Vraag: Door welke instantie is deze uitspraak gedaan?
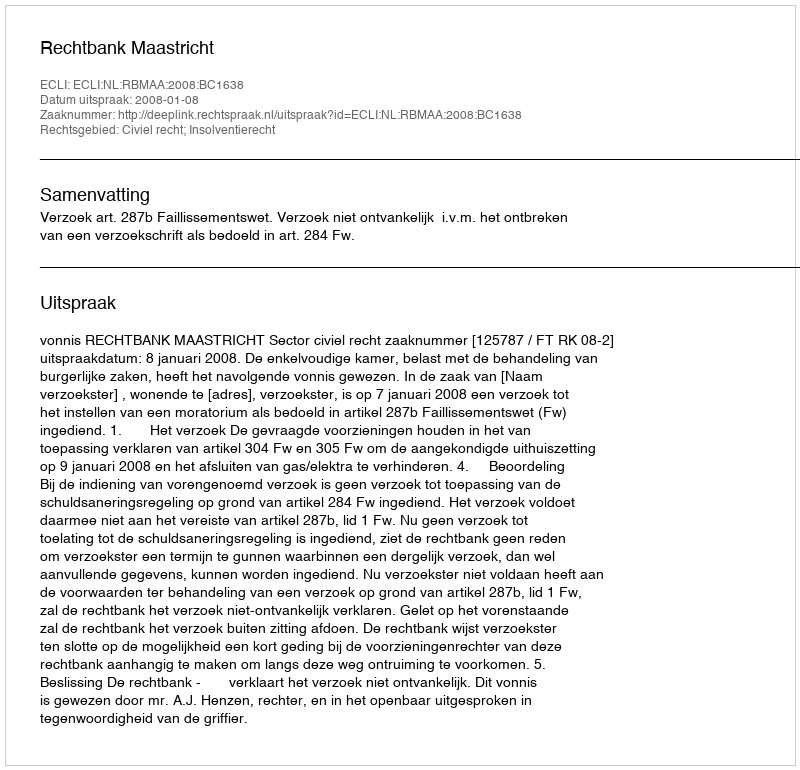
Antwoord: Rechtbank Maastricht